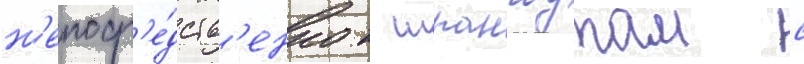
н'епоср'е́дств'енно к шпангоутам с